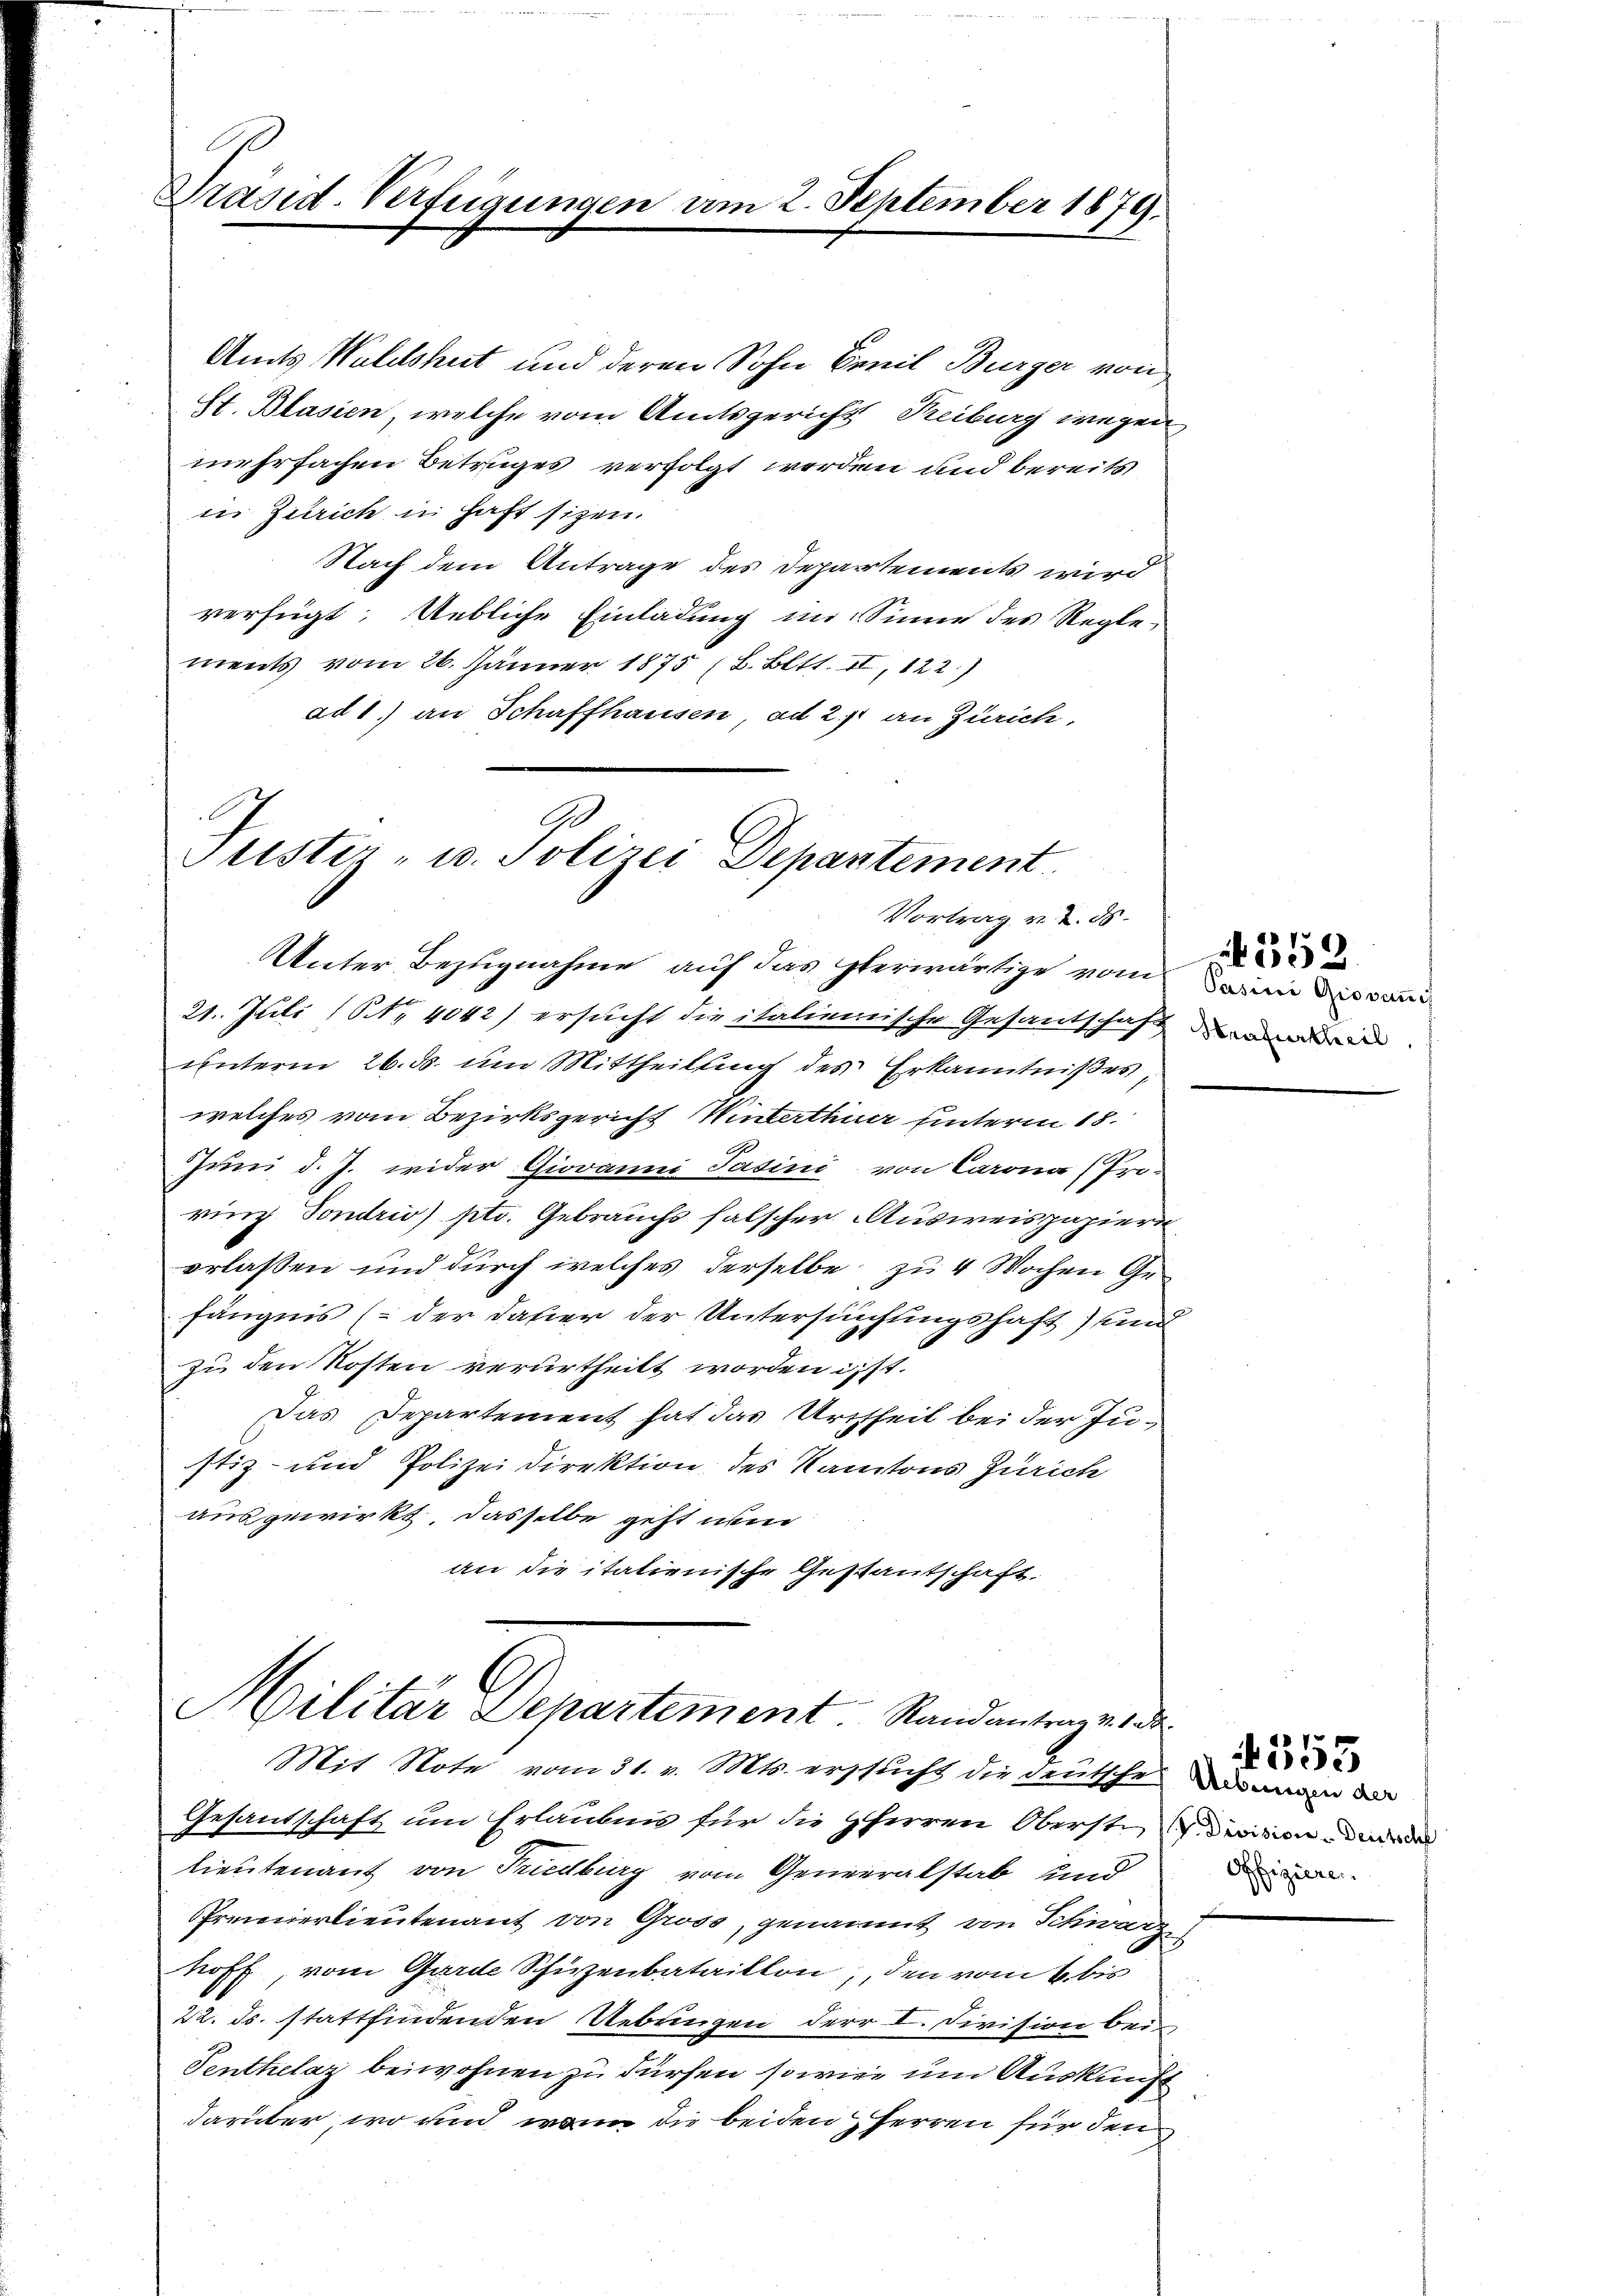
Präsid. Verfügungen vom 2. September 1879.

in Zürich in haft siten.
Nach dem Antrage des Departements wird
verfügt: Uebliche Einladung im Sinne des Regle-
ments vom 26. Jänner 1875 (B. Bett. II, 122)
ad 1.) an Schaffhausen, ad 2., an Zürich,

Amts Waldshut und deren Sohn Camit Burger von
St. Blasien, welche vom Amtsgericht Reiburg wegen
mehrfachen Betruges verfolgt werden und bereits

Justiz- u. Polizei Departement
Vortrag v. 2. ds.

Unter Bezugnahme auf das erwärtige vom darin des Sani¬
21. Juli (Nr. 4042) ersucht die italienische Gesantschaft der anderen.
unterm 26. ds. um Mittheilung des Erkanntnißes,
welches vom Bezirksgericht Winterthur hinterm 18.
Juni d. J. wider Giovanni Jasini von Carona (Proring Sondrio) ptr. Gebrauchs falscher Ausweispapier
erlassen und durch welches derselbe zu 4 Wochen Gr.
fängnis (der daher der Untersuchungshaft) und
zu den Kosten verurtheilt worden ist.
Das Departement hat das Urtheil bei der Justiz- und Polizeidirektion des Kantons Zürich
ausgewirkt, dasselbe geht wir
an die italienische Gestantschaft.

f
Militar Departement. Randantrage a
Mit Note vom 31. v. Mts. ersucht die deutsche das an der
Gesandschaft um Erlaubnis für die HHerren Oberstinition de

Lieutenant von Friedburg vom Generalstab und
Prmienerlieutenant von Gross, genannt von Schwarz
hoff, vom Garde Schüzenbataillon, den vom 4. bis
22. ds. stattfindenden Uebringen der I. Division bei
Tenthelaz beiwohnen zu dürfen, sowie um Auskunft
darüber, wo und wenn die beiden HHerren für den

552

Offizieren.

353